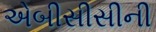
એબીસીસીની